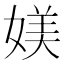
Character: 媄